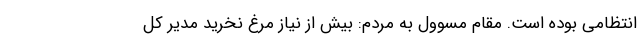
انتظامی بوده است. مقام مسوول به مردم: بیش از نیاز مرغ نخرید مدیر کل